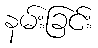
နမ်းခြင်း